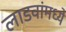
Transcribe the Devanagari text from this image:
लाडवांमध्ये